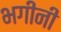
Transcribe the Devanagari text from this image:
भगीनी